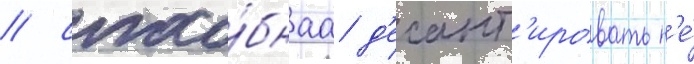
/ спосо́бнаа д'есант'ировать н'е́